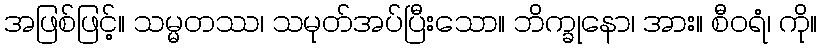
အဖြစ်ဖြင့်။ သမ္မတဿ၊ သမုတ်အပ်ပြီးသော။ ဘိက္ခုနော၊ အား။ စီဝရံ၊ ကို။